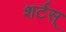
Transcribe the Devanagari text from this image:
शर्टस्